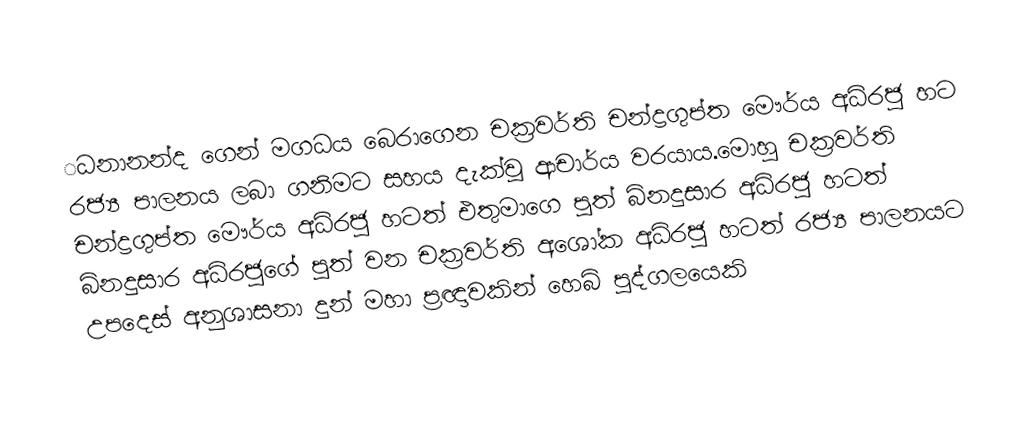
‌ධනානන්ද ගෙන් මගධය බෙරාගෙන චක්‍රවර්ති චන්ද්‍රගුප්ත මෞර්ය අධිරජු හට රජ්‍ය පාලනය ලබා ගනිමට සහය දැක්වූ ආචාර්ය වරයාය.මොහු චක්‍රවර්ති චන්ද්‍රගුප්ත මෞර්ය අධිරජු හටත් එතුමාගෙ පුත් බිනදුසාර අධිරජු හටත්  බිනදුසාර අධිරජුගේ පුත් වන චක්‍රවර්ති අශෝක අධිරජු හටත් රජ්‍ය පාලනයට උපදෙස් අනුශාසනා දුන් මහා ප්‍රඥාවකින් හෙබි පුද්ගලයෙකි